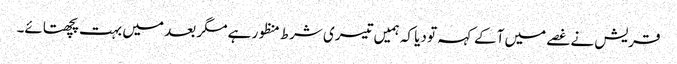
قریش نے غصے میں آکے کہہ تو دیا کہ ہمیں تیسری شرط منظور ہے مگر بعد میں بہت پچھتائے۔